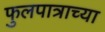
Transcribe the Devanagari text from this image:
फुलपात्राच्या